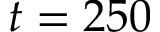
t = 2 5 0